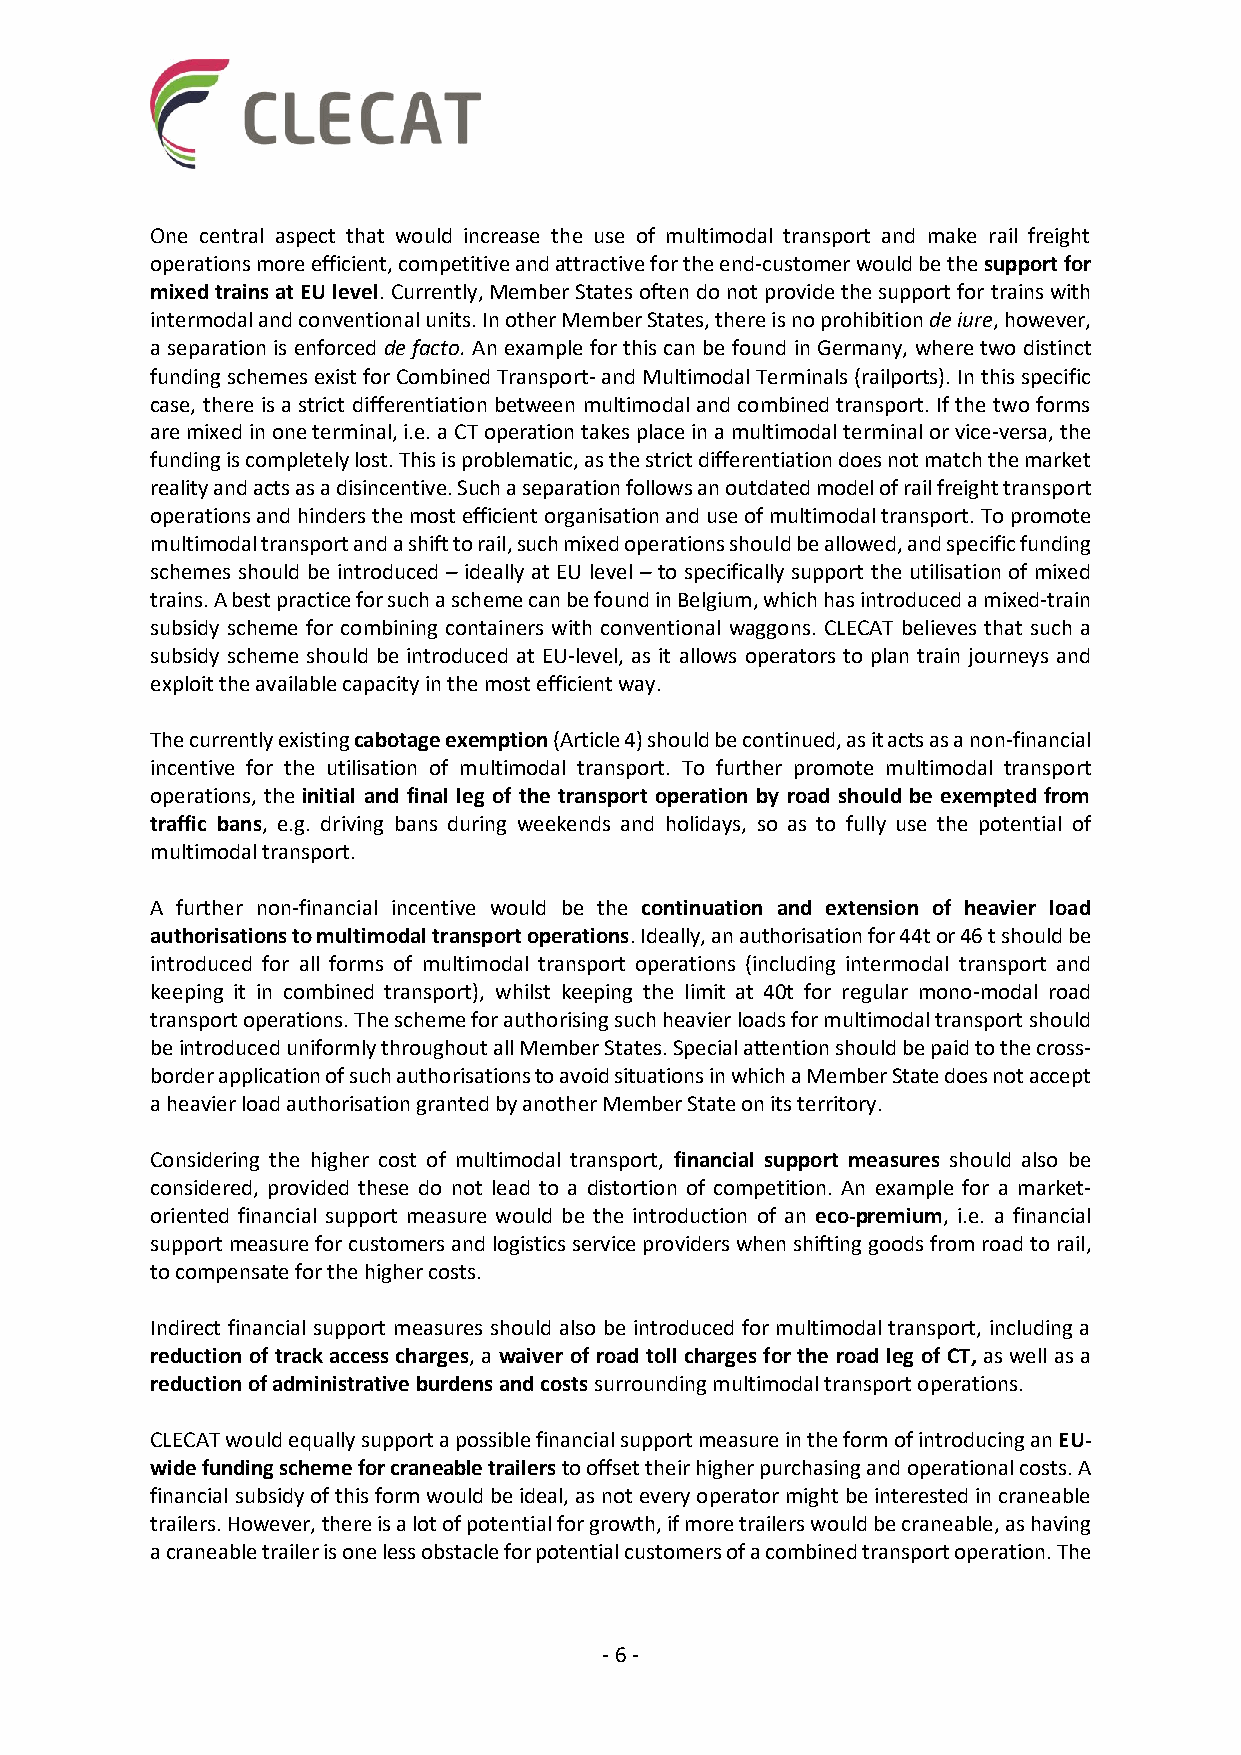
One central aspect that would increase the use of multimodal transport and make rail freight
 operations more efficient, competitive and attractive for the end-customer would be the support for
 mixed trains at EU level. Currently, Member States often do not provide the support for trains with
 intermodal and conventional units. In other Member States, there is no prohibition de iure, however,
 a separation is enforced de facto. An example for this can be found in Germany, where two distinct
 funding schemes exist for Combined Transport- and Multimodal Terminals (railports). In this specific
 case, there is a strict differentiation between multimodal and combined transport. If the two forms
 are mixed in one terminal, i.e. a CT operation takes place in a multimodal terminal or vice-versa, the
 funding is completely lost. This is problematic, as the strict differentiation does not match the market
 reality and acts as a disincentive. Such a separation follows an outdated model of rail freight transport
 operations and hinders the most efficient organisation and use of multimodal transport. To promote
 multimodal transport and a shift to rail, such mixed operations should be allowed, and specific funding
 schemes should be introduced – ideally at EU level – to specifically support the utilisation of mixed
 trains. A best practice for such a scheme can be found in Belgium, which has introduced a mixed-train
 subsidy scheme for combining containers with conventional waggons. CLECAT believes that such a
 subsidy scheme should be introduced at EU-level, as it allows operators to plan train journeys and
 exploit the available capacity in the most efficient way.
 The currently existing cabotage exemption (Article 4) should be continued, as it acts as a non-financial
 incentive for the utilisation of multimodal transport. To further promote multimodal transport
 operations, the initial and final leg of the transport operation by road should be exempted from
 traffic bans, e.g. driving bans during weekends and holidays, so as to fully use the potential of
 multimodal transport.
 A further non-financial incentive would be the continuation and extension of heavier load
 authorisations to multimodal transport operations. Ideally, an authorisation for 44t or 46 t should be
 introduced for all forms of multimodal transport operations (including intermodal transport and
 keeping it in combined transport), whilst keeping the limit at 40t for regular mono-modal road
 transport operations. The scheme for authorising such heavier loads for multimodal transport should
 be introduced uniformly throughout all Member States. Special attention should be paid to the cross-
 border application of such authorisations to avoid situations in which a Member State does not accept
 a heavier load authorisation granted by another Member State on its territory.
 Considering the higher cost of multimodal transport, financial support measures should also be
 considered, provided these do not lead to a distortion of competition. An example for a market-
 oriented financial support measure would be the introduction of an eco-premium, i.e. a financial
 support measure for customers and logistics service providers when shifting goods from road to rail,
 to compensate for the higher costs.
 Indirect financial support measures should also be introduced for multimodal transport, including a
 reduction of track access charges, a waiver of road toll charges for the road leg of CT, as well as a
 reduction of administrative burdens and costs surrounding multimodal transport operations.
 CLECAT would equally support a possible financial support measure in the form of introducing an EU-
 wide funding scheme for craneable trailers to offset their higher purchasing and operational costs. A
 financial subsidy of this form would be ideal, as not every operator might be interested in craneable
 trailers. However, there is a lot of potential for growth, if more trailers would be craneable, as having
 a craneable trailer is one less obstacle for potential customers of a combined transport operation. The
 - 6 -